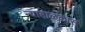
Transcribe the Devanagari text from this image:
न्याहाळकास